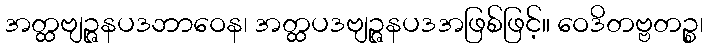
အတ္ထဗျဉ္ဇနပဒဘာဝေန၊ အတ္ထပဒဗျဉ္ဇနပဒအဖြစ်ဖြင့်။ ဝေဒိတဗ္ဗတဉ္စ၊